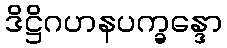
ဒိဋ္ဌိဂဟနပက္ခန္ဒော